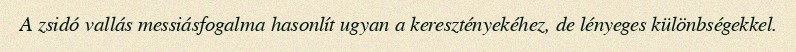
A zsidó vallás messiásfogalma hasonlít ugyan a keresztényekéhez, de lényeges különbségekkel.